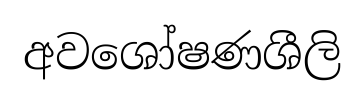
අවශෝෂණශීලි